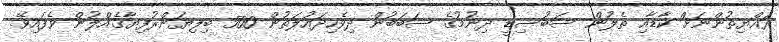
ރައްޔިތުންނަށް ކާޑާއި ތެލުން ސަބުސިޑީ ދިނުމުގެ ސަބަބުން ދިވެހިދައުލަތުން 500 ބިލިޔަންރުފިޔާގެއްލުން ވެފައިވޭ.